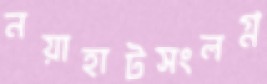
নয়াহাটসংলগ্ন